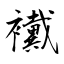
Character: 襶